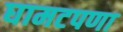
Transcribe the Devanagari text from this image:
घामटपणा